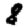
Digit: 8